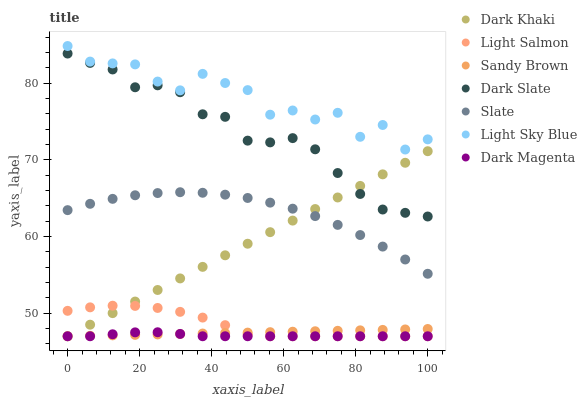
| xaxis_label | Dark Khaki | Light Salmon | Sandy Brown | Dark Slate | Slate | Light Sky Blue | Dark Magenta |
 | --- | --- | --- | --- | --- | --- | --- | --- |
 | 0 | 47 | 50.3 | 47 | 83.8 | 63.4 | 84.8 | 47 |
 | 6.25 | 48.5 | 50.8 | 47.1 | 82.6 | 64.3 | 82.8 | 47 |
 | 12.5 | 50 | 51 | 47.1 | 81.8 | 64.9 | 82.6 | 47.3 |
 | 18.8 | 51.5 | 51 | 47.2 | 79.4 | 65.4 | 82.4 | 47.5 |
 | 25 | 53 | 50.7 | 47.2 | 79.7 | 65.7 | 80.2 | 47.5 |
 | 31.2 | 54.5 | 50.2 | 47.3 | 78.8 | 65.8 | 79 | 47.3 |
 | 37.5 | 56 | 49.4 | 47.4 | 75.9 | 65.7 | 81.2 | 47 |
 | 43.8 | 57.6 | 48.4 | 47.4 | 75.6 | 65.5 | 80 | 47 |
 | 50 | 59.1 | 47.2 | 47.5 | 72.5 | 65 | 79.1 | 47 |
 | 56.2 | 60.6 | 47 | 47.5 | 72.3 | 64.4 | 75.9 | 47 |
 | 62.5 | 62.1 | 47 | 47.6 | 72.8 | 63.6 | 76.4 | 47 |
 | 68.8 | 63.6 | 47 | 47.7 | 71.4 | 62.7 | 75.2 | 47 |
 | 75 | 65.1 | 47 | 47.7 | 68.3 | 61.5 | 76.1 | 47 |
 | 81.2 | 66.6 | 47 | 47.8 | 65.5 | 60.2 | 73 | 47 |
 | 87.5 | 68.1 | 47 | 47.8 | 63.5 | 58.7 | 74.5 | 47 |
 | 93.8 | 69.6 | 47 | 47.9 | 63.1 | 57 | 71.3 | 47 |
 | 100 | 71.1 | 47 | 47.9 | 62.6 | 55.1 | 72.7 | 47 |